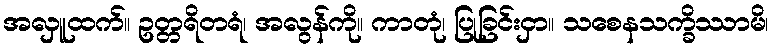
အလှူထက်။ ဥတ္တရိတရံ၊ အလွန်ကို။ ကာတုံ၊ ပြုခြင်းငှာ။ သစေနသက္ခိဿာမိ၊